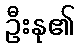
ဦးနု၏